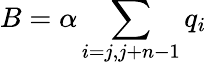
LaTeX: B=\alpha\sum_{i=j,j+n-1}q_{i}